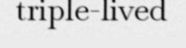
triple-lived